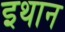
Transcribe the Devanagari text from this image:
इथान